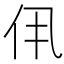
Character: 𫢐